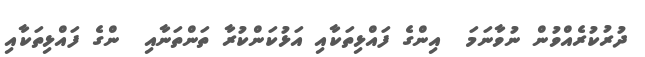
ދުރުކުރެއްވުން ނުވާނަމަ  އިންގެ ފައްޅިތަކާއި އަޅުކަންކުރާ ތަންތަނާއި  ންގެ ފައްޅިތަކާއި